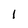
Character: l